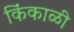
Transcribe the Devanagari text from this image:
किंकाळी